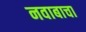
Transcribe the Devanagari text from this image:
नवाबाचा